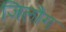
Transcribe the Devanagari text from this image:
जिलौग